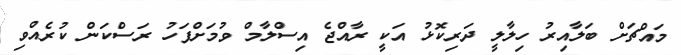
މައްޗަށް ބަލާއިރު ހިލާލީ ދަރިކޮޅު އަކީ ރާއްޖެ އިސްލާމް ވުމަށްފަހު ރަސްކަން ކުރެއްވި